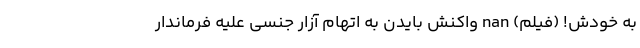
به خودش! (فیلم) nan واکنش بایدن به اتهام آزار جنسی علیه فرماندار